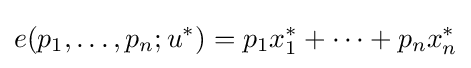
e(p_{1},\dots ,p_{n};u^{*})=p_{1}x_{1}^{*}+\dots +p_{n}x_{n}^{*}